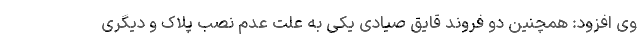
وی افزود: همچنین دو فروند قایق صیادی یکی به علت عدم نصب پلاک و دیگری